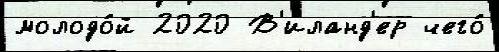
молодо́й 2020 В'иланд'ер чего́